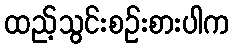
ထည့်သွင်းစဉ်းစားပါက